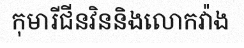
កុមារីជីនវិននិងលោកវ៉ាង